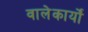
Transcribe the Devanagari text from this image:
वालेकार्यों